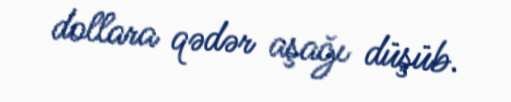
dollara qədər aşağı düşüb.